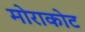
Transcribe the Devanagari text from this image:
मोराकोट